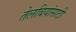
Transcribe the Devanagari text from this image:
तेलबियांसाठी